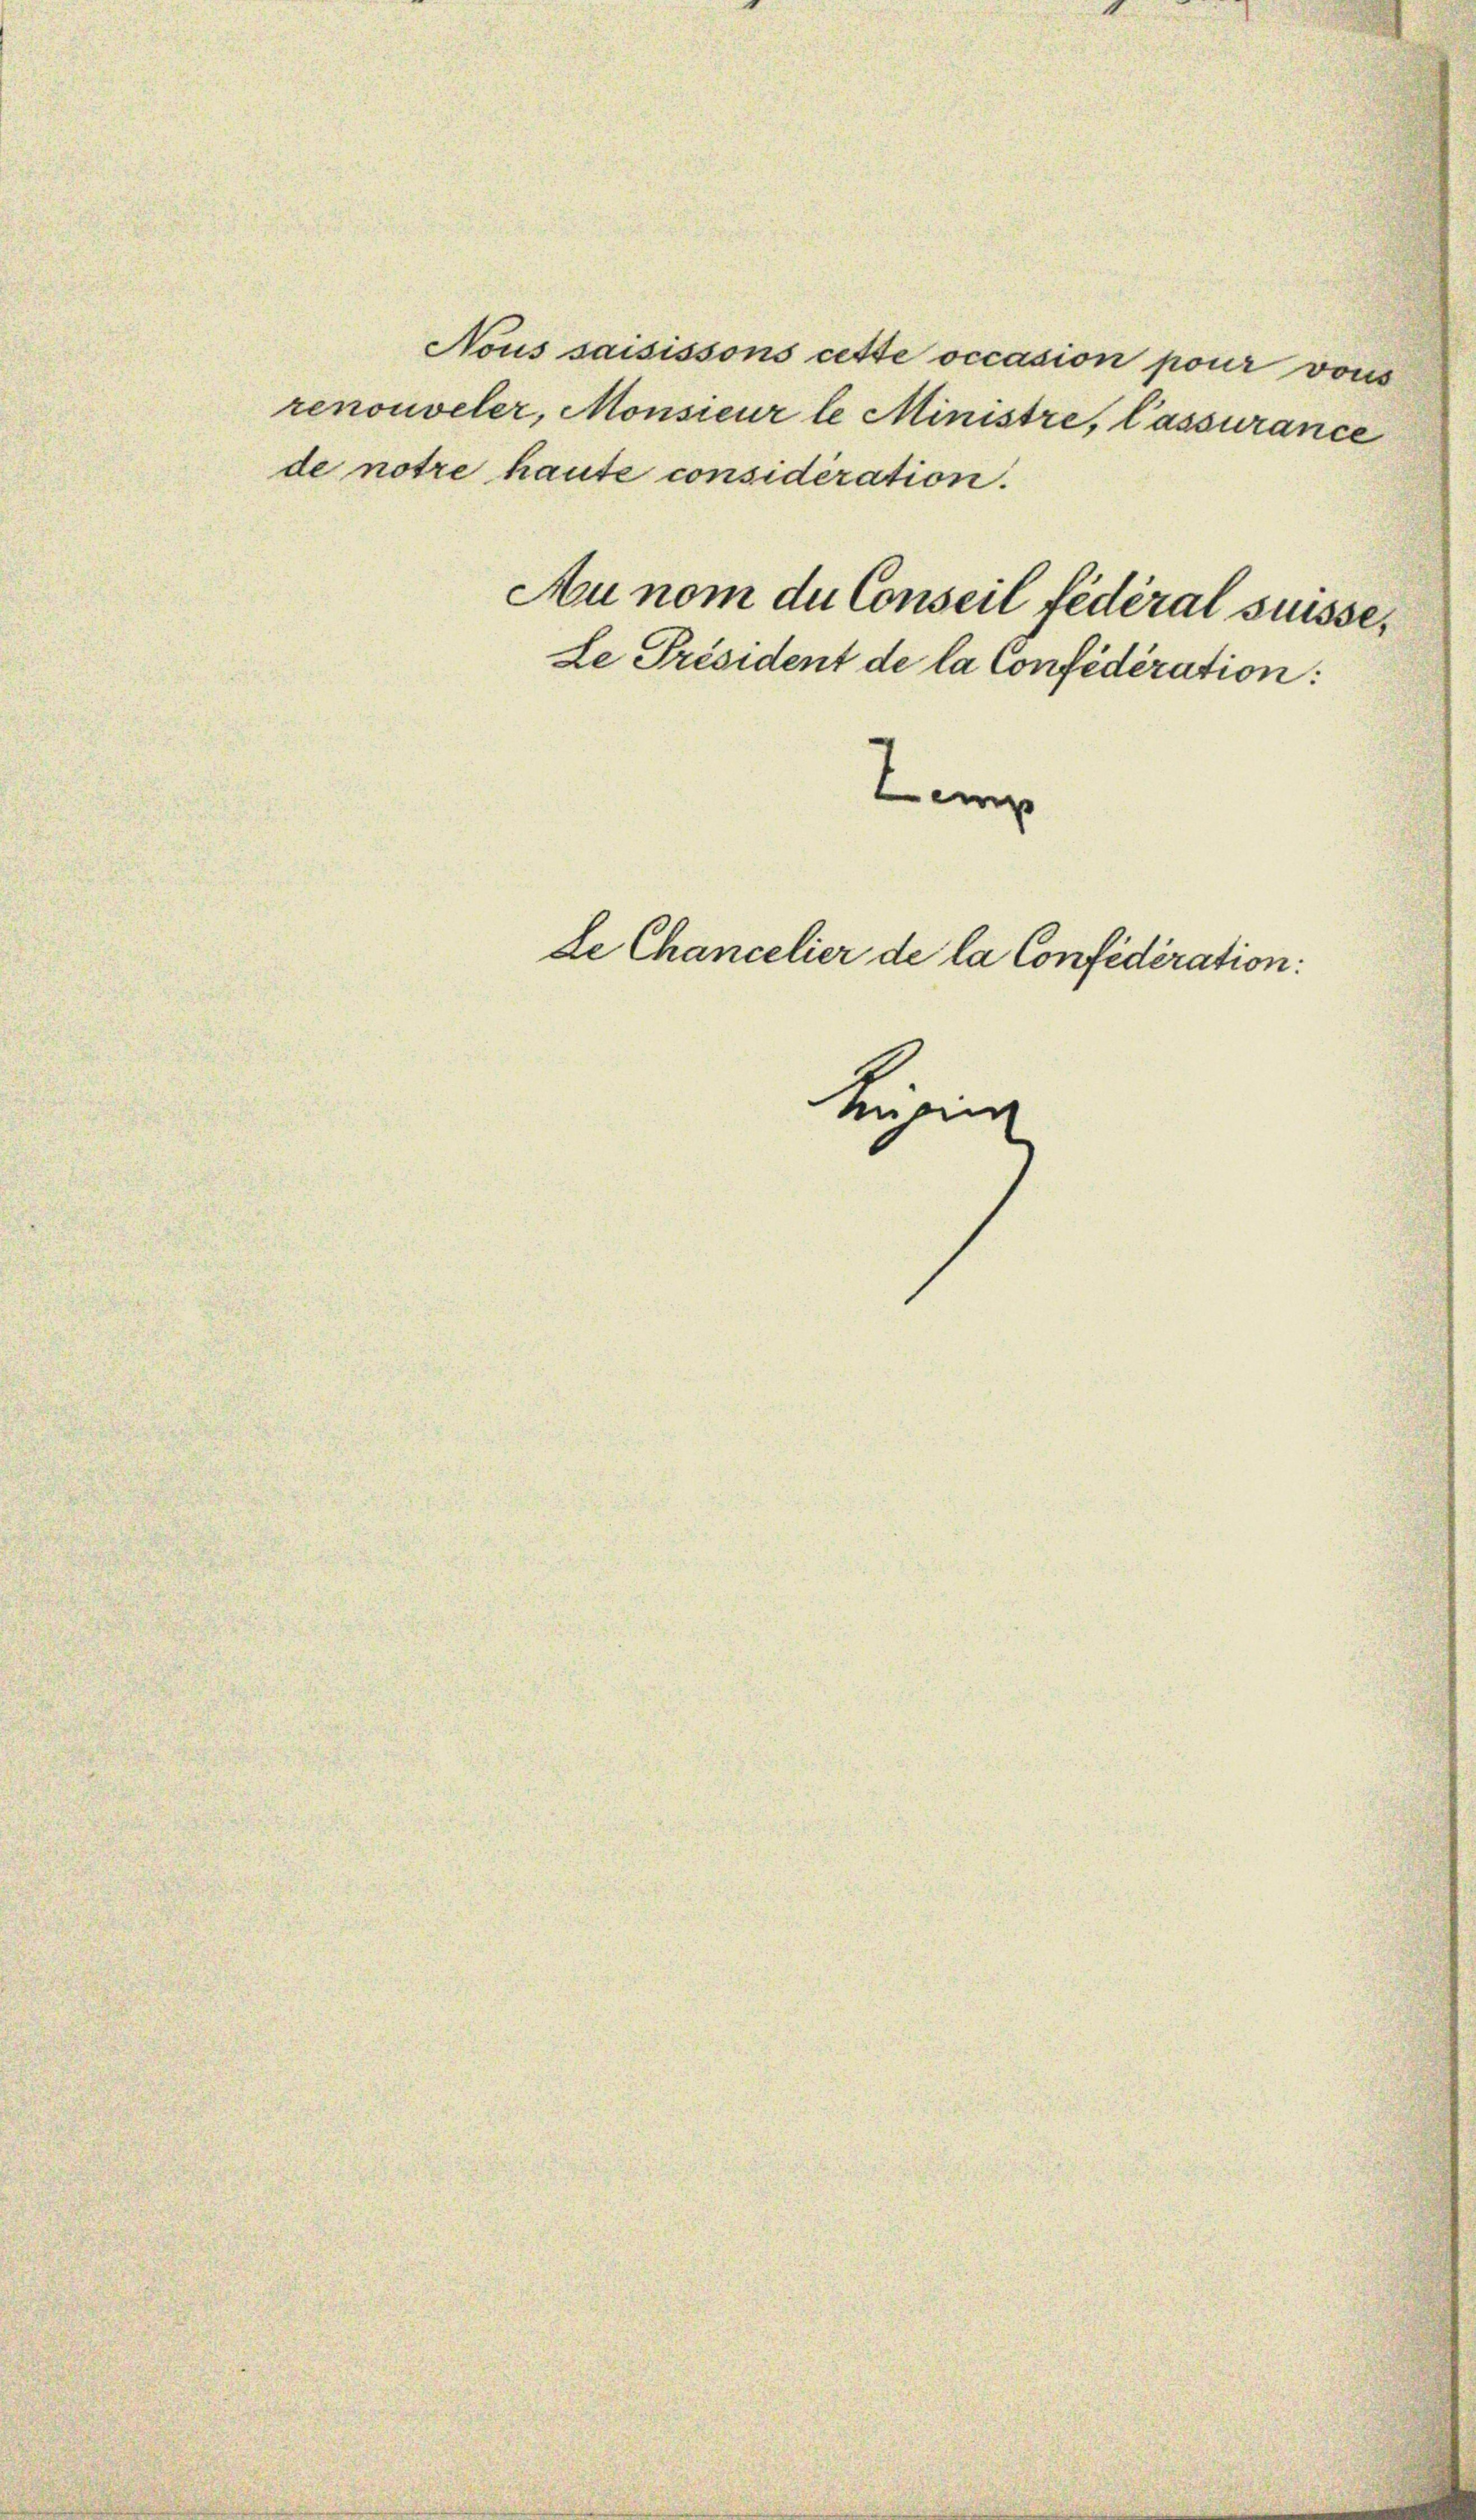
renouveler, Monsieur le Ministre, lassurance
de notre haute considération.
Au nom du Conseil fédéral suisse,
Le Président de la Confidération:
Zemp

Nous saisissons cette occasion pour vons

de Chancelier de la Confédération:

Kasin